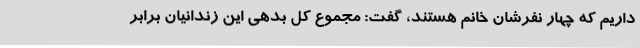
داریم که چهار نفرشان خانم هستند، گفت: مجموع کل بدهی این زندانیان برابر